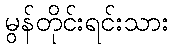
မွန်တိုင်းရင်းသား